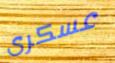
عسكرى